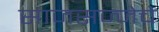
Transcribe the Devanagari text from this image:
साजसज्जेचे